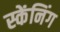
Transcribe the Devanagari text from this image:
स्केंनिंग